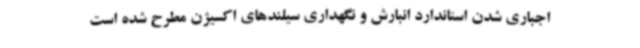
اجباری شدن استاندارد انبارش و نگهداری سیلندهای اکسیژن مطرح شده است